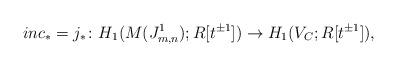
LaTeX: \begin{align*} inc_* = j_*\colon H_1(M(J_{m,n}^1);R[t^{\pm 1}])\to H_1(V_C;R[t^{\pm 1}]), \end{align*}